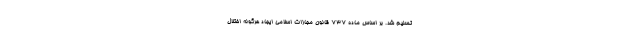
تسلیم شد. بر اساس ماده ۷۳۷ قانون مجازات اسلامی ایجاد هرگونه اختلال